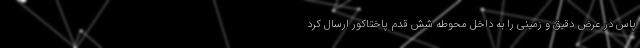
پاس در عرض دقیق و زمینی را به داخل محوطه شش قدم پاختاکور ارسال کرد